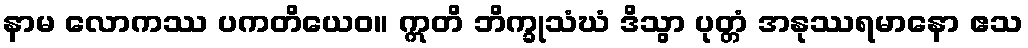
နာမ လောကဿ ပကတိယေဝ။ ဣတိ ဘိက္ခုသံဃံ ဒိသွာ ပုတ္တံ အနုဿရမာနော ဧသ